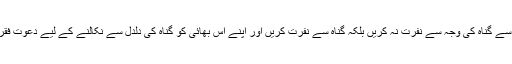
کسی سے گناہ کی وجہ سے نفرت نہ کریں بلکہ گناہ سے نفرت کریں اور اپنے اس بھائی کو گناہ کی دلدل سے نکالنے کے لیے دعوتِ فقر دیں۔